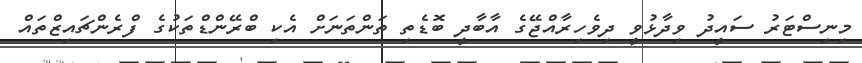
މިނިސްޓަރު ސައީދު ވިދާޅުވީ ދިވެހިރާއްޖޭގެ އާބާދީ ބޮޑެތި ތަންތަނަށް އެކި ބްރޭންޑްތަކުގެ ފްރެންޗައިޒްތައް